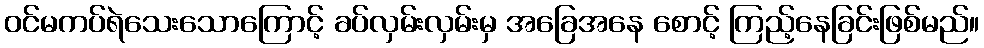
ဝင်မကပ်ရဲသေးသောကြောင့် ခပ်လှမ်းလှမ်းမှ အခြေအနေ စောင့် ကြည့်နေခြင်းဖြစ်မည်။